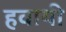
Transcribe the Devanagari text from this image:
हवायी